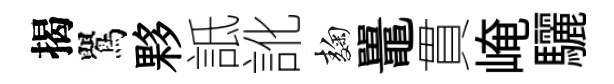
揭鸎夥詆訛麹鼉貫崦驪